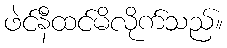
ဖဲင်နီထင်မိလိုက်သည်။